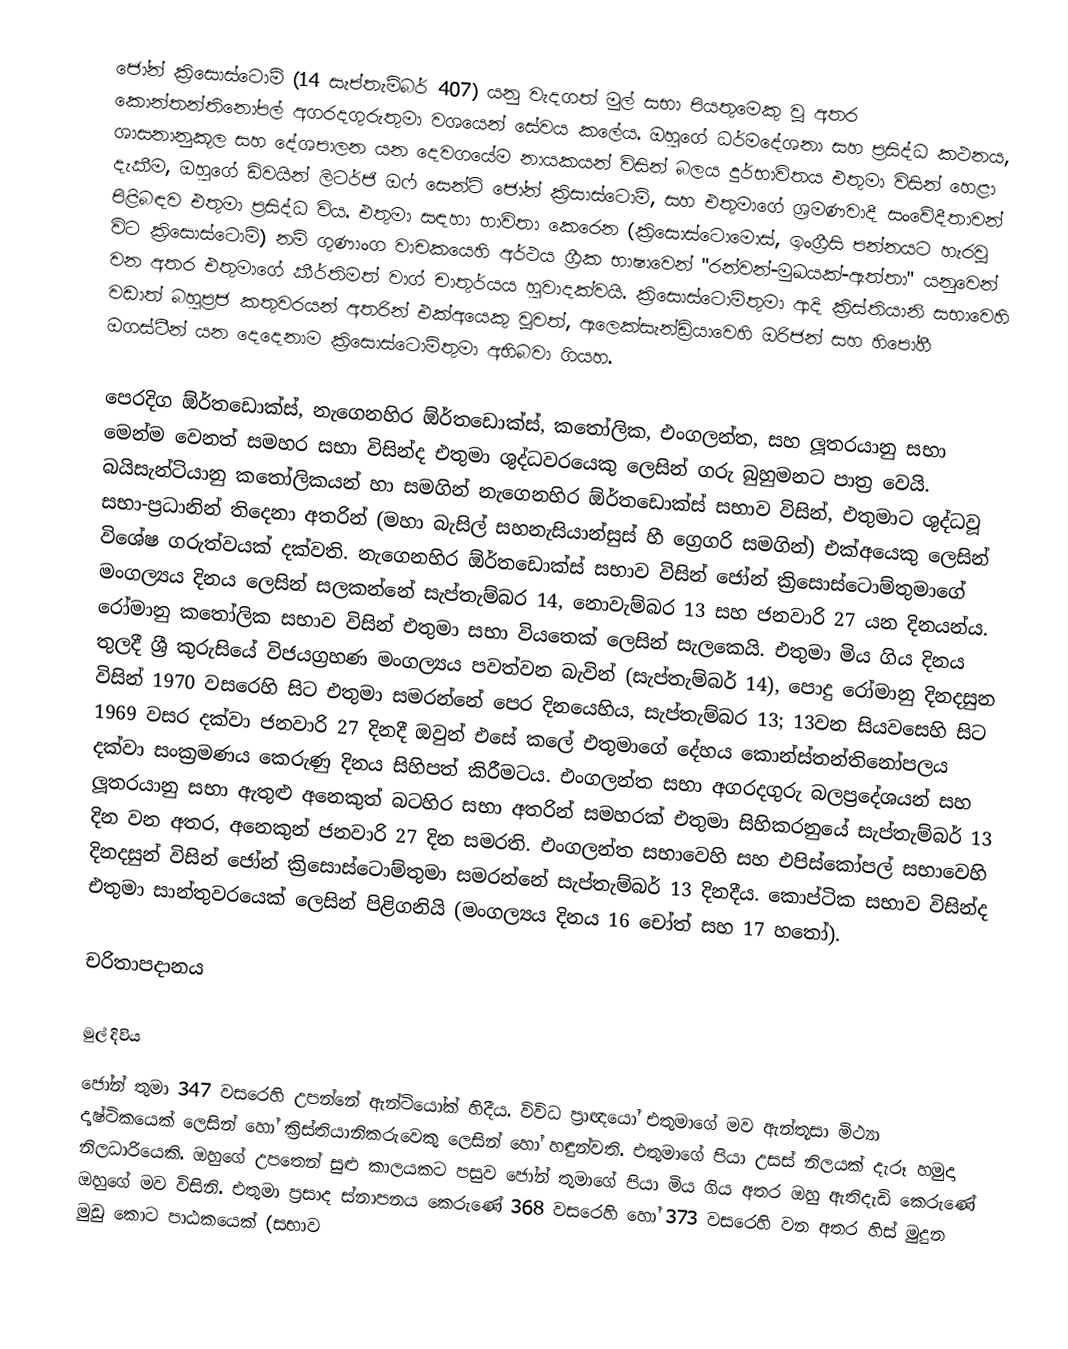
ජෝන් ක්‍රිසොස්ටොම් (14 සැප්තැම්බර් 407) යනු වැදගත් මුල් සභා පියතුමෙකු වූ අතර කොන්තන්තිනෝපල් අගරදගුරුතුමා වශයෙන් සේවය කලේය. ඔහුගේ ධර්මදේශනා සහ ප්‍රසිද්ධ කථනය, ශාසනානුකූල සහ දේශපාලන යන දෙවගයේම නායකයන් විසින්  බලය දුර්භාවිතය එතුමා විසින් හෙළා දැකීම, ඔහුගේ ඩිවයින් ලිටර්ජි ඔෆ් සෙන්ට් ජෝන් ක්‍රිසාස්ටොම්, සහ එතුමාගේ ශ්‍රමණවාදී සංවේදීතාවන් පිළිබඳව එතුමා ප්‍රසිද්ධ විය. එතුමා සඳහා භාවිතා කෙරෙන  (ක්‍රිසොස්ටොමොස්, ඉංග්‍රීසි පන්නයට හැරවූ විට ක්‍රිසොස්ටොම්) නම් ගුණාංග වාචකයෙහි අර්ථය ග්‍රීක භාෂාවෙන් "රන්වන්-මුඛයක්-ඇත්තා" යනුවෙන් වන අතර එතුමාගේ කීර්තිමත් වාග් චාතුර්යය හුවාදක්වයි.  ක්‍රිසොස්ටොම්තුමා ආදි ක්‍රිස්තියානි සභාවෙහි වඩාත් බහුප්‍රජ කතුවරයන් අතරින් එක්අයෙකු වූවත්,  ඇලෙක්සැන්ඩ්‍රියාවෙහි ඔරිජන් සහ හිපෝහී ඔගස්ටීන් යන දෙදෙනාම ක්‍රිසොස්ටොම්තුමා අභිබවා ගියහ.

 පෙරදිග ඕර්තඩොක්ස්,  නැගෙනහිර ඕර්තඩොක්ස්,  කතෝලික, එංගලන්ත, සහ ලූතරයානු සභා මෙන්ම වෙනත් සමහර සභා විසින්ද එතුමා ශුද්ධවරයෙකු ලෙසින් ගරු බුහුමනට පාත්‍ර වෙයි. බයිසැන්ටියානු කතෝලිකයන් හා සමගින් නැගෙනහිර ඕර්තඩොක්ස් සභාව විසින්, එතුමාට ශුද්ධවූ සභා-ප්‍රධානින් තිදෙනා අතරින් (මහා බැසිල් සහනැසියාන්සුස් හී ග්‍රෙගරි සමගින්) එක්අයෙකු ලෙසින් විශේෂ ගරුත්වයක් දක්වති. නැගෙනහිර ඕර්තඩොක්ස් සභාව විසින් ජෝන් ක්‍රිසොස්ටොම්තුමාගේ මංගල්‍යය දිනය ලෙසින් සලකන්නේ සැප්තැම්බර 14, නොවැම්බර 13 සහ ජනවාරි 27 යන දිනයන්ය. රෝමානු කතෝලික සභාව විසින් එතුමා සභා වියතෙක් ලෙසින් සැලකෙයි. එතුමා මිය ගිය දිනය තුලදී ශ්‍රී කුරුසියේ විජයග්‍රහණ මංගල්‍යය පවත්වන බැවින් (සැප්තැම්බර් 14), පොදු රෝමානු දිනදසුන විසින් 1970 වසරෙහි සිට එතුමා සමරන්නේ පෙර දිනයෙහිය, සැප්තැම්බර 13; 13වන සියවසෙහි සිට 1969 වසර දක්වා ජනවාරි 27 දිනදී ඔවුන් එසේ කලේ එතුමාගේ දේහය කොන්ස්තන්තිනෝපලය දක්වා සංක්‍රමණය කෙරුණු දිනය සිහිපත් කිරීමටය. එංගලන්ත සභා අගරදගුරු බලප්‍රදේශයන් සහ ලූතරයානු සභා ඇතුළු අනෙකුත් බටහිර සභා අතරින් සමහරක් එතුමා සිහිකරනුයේ සැප්තැම්බර්  13 දින වන අතර, අනෙකුන් ජනවාරි 27 දින සමරති. එංගලන්ත සභාවෙහි සහ එපිස්කෝපල් සභාවෙහි දිනදසුන් විසින් ජෝන් ක්‍රිසොස්ටොම්තුමා සමරන්නේ සැප්තැම්බර් 13 දිනදීය. කොප්ටික සභාව විසින්ද එතුමා සාන්තුවරයෙක් ලෙසින් පිළිගනියි (මංගල්‍යය දිනය 16 චෝත් සහ 17 හතෝ).

චරිතාපදානය

මුල් දිවිය
ජෝන් තුමා 347 වසරෙහි උපන්නේ ඇන්ටියෝක් හිදීය.  විවිධ ප්‍රාඥයෝ එතුමාගේ මව ඇන්තූසා මිථ්‍යා දෘෂ්ටිකයෙක් ලෙසින් හෝ ක්‍රිස්තියානිකරුවෙකු ලෙසින් හෝ හඳුන්වති.  එතුමාගේ පියා උසස් නිලයක් දැරූ හමුදා නිලධාරියෙකි. ඔහුගේ උපතෙන් සුළු කාලයකට පසුව ජෝන් තුමාගේ පියා මිය ගිය අතර ඔහු ඇතිදැඩි කෙරුණේ ඔහුගේ මව විසිනි. එතුමා ප්‍රසාද ස්නාපනය කෙරුණේ 368 වසරෙහි හෝ  373 වසරෙහි වන අතර  හිස් මුදුන මුඩු කොට පාඨකයෙක් (සභාව